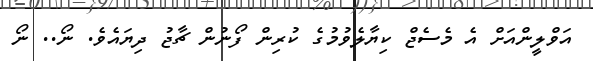
އަވްލީންއަށް އެ މެސެޖް ކިޔާލެވުމުގެ ކުރިން ފޯނުން ޗާޖު ދިޔައެވެ. ނޯ.. ނޯ